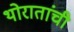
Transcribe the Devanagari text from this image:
थोरातांची